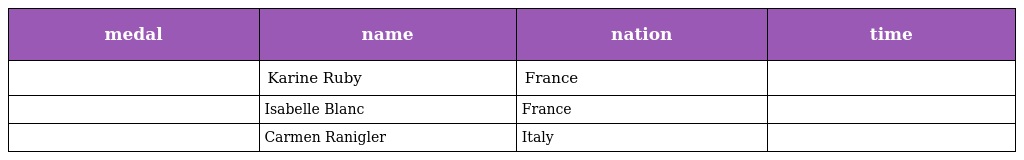
| medal | name | nation | time |
 | --- | --- | --- | --- |
 |  | Karine Ruby | France |  |
 |  | Isabelle Blanc | France |  |
 |  | Carmen Ranigler | Italy |  |